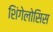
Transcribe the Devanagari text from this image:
शिंगेलोसिस